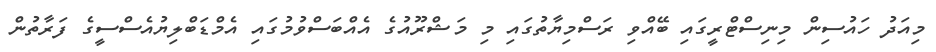
މިއަދު ހައުސިން މިނިސްޓްރީގައި ބޭއްވި ރަސްމިޔާތުގައި މި މަޝްރޫއުގެ އެއްބަސްވުމުގައި އެމްޑަބްލިޔުއެސްސީގެ ފަރާތުން